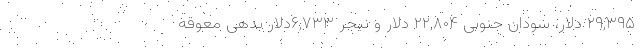
۲۹,۳۹۵ دلار، سودان جنوبی ۲۲,۸۰۴ دلار و نیجر ۶,۷۳۳دلار بدهی معوقه